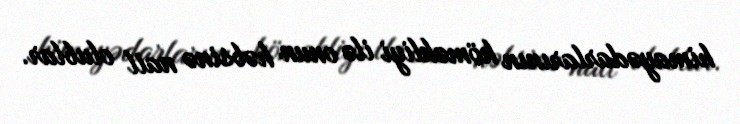
himayədarlarının köməkliyi ilə onun həbsinə nail olublar.